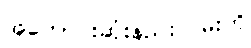
အကောင်းဆုံးနည်းလမ်းကို